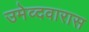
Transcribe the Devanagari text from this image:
उमेव्दवारास